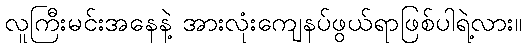
လူကြီးမင်းအနေနဲ့ အားလုံးကျေနပ်ဖွယ်ရာဖြစ်ပါရဲ့လား။